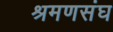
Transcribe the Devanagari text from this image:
श्रमणसंघ